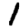
Digit: 1